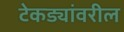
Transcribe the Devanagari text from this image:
टेकड्यांवरील